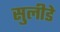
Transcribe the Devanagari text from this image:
सुलीडे